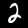
Label: 2